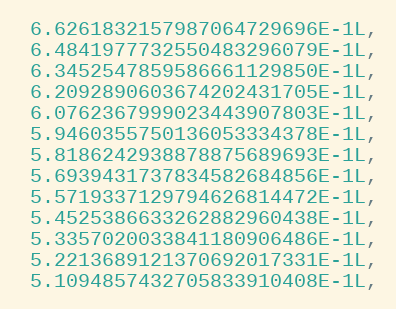
Language: C
 6.6261832157987064729696E-1L,
 6.4841977732550483296079E-1L,
 6.3452547859586661129850E-1L,
 6.2092890603674202431705E-1L,
 6.0762367999023443907803E-1L,
 5.9460355750136053334378E-1L,
 5.8186242938878875689693E-1L,
 5.6939431737834582684856E-1L,
 5.5719337129794626814472E-1L,
 5.4525386633262882960438E-1L,
 5.3357020033841180906486E-1L,
 5.2213689121370692017331E-1L,
 5.1094857432705833910408E-1L,